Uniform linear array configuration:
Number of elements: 48
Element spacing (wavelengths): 0.25
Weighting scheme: binomial
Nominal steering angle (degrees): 30
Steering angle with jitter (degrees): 31.639
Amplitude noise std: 0.05
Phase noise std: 0.05

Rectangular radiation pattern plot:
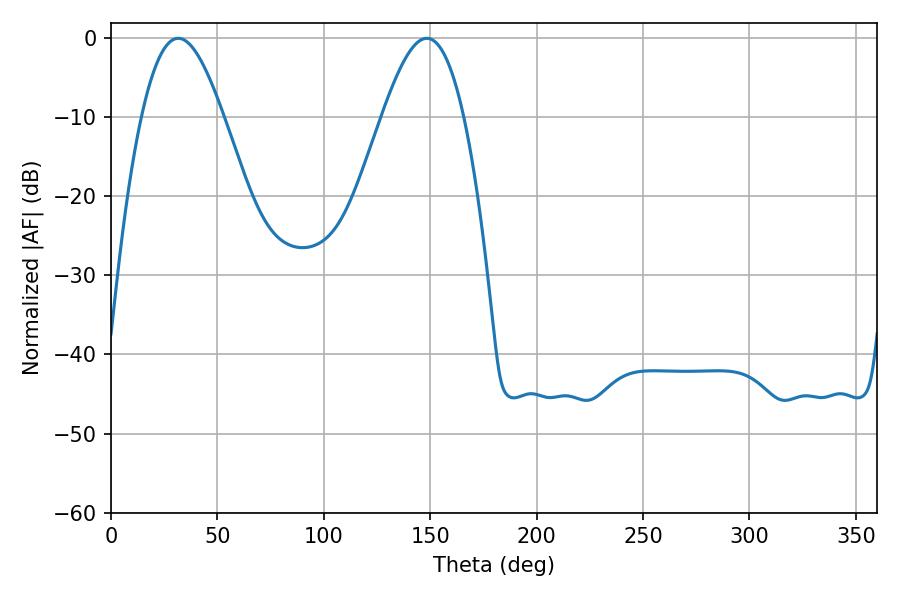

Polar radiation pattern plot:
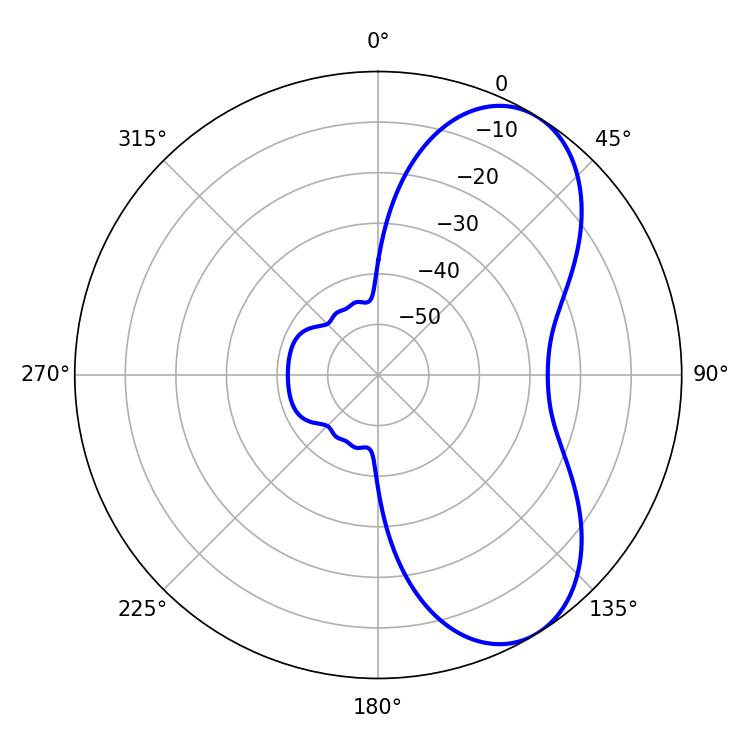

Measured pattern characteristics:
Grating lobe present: FALSE
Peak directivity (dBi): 6.715
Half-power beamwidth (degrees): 20.7
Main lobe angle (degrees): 31.68